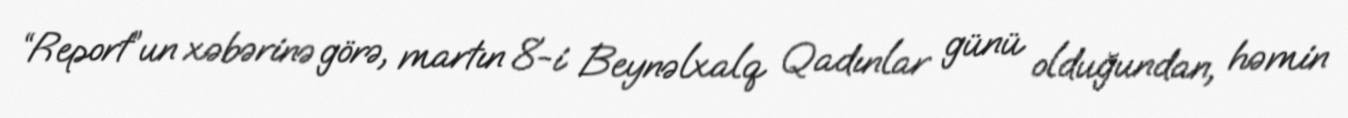
“Report”un xəbərinə görə, martın 8-i Beynəlxalq Qadınlar günü olduğundan, həmin